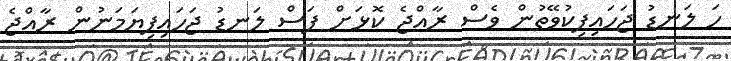
ހަ ލަނޑު ޖަހައިފިކުވޭތުން ވެސް ރާއްޖެ ކޮޅަށް ފަސް ލަނޑު ޖަހައިފިޔަމަނުން ރާއްޖެ